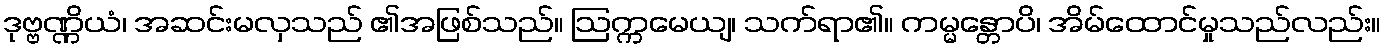
ဒုဗ္ဗဏ္ဏိယံ၊ အဆင်းမလှသည် ၏အဖြစ်သည်။ ဩက္ကမေယျ၊ သက်ရာ၏။ ကမ္မန္တောပိ၊ အိမ်ထောင်မှုသည်လည်း။